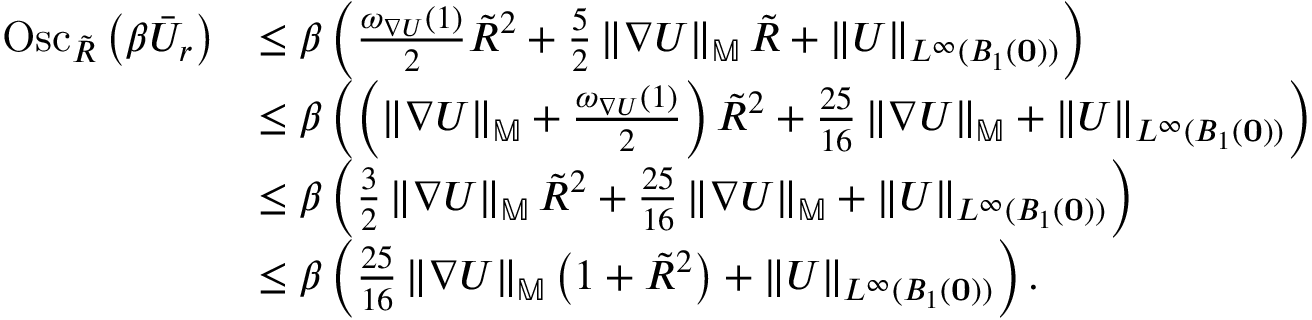
\begin{array} { r l } { \mathrm { O s c } _ { \Tilde { R } } \left( \beta \Bar { U } _ { r } \right) } & { \le \beta \left( \frac { \omega _ { \nabla U } ( 1 ) } { 2 } \Tilde { R } ^ { 2 } + \frac { 5 } { 2 } \left\| \nabla U \right\| _ { \mathbb { M } } \Tilde { R } + \left\| U \right\| _ { L ^ { \infty } ( B _ { 1 } ( \mathbf { 0 } ) ) } \right) } \\ & { \le \beta \left( \left( \left\| \nabla U \right\| _ { \mathbb { M } } + \frac { \omega _ { \nabla U } ( 1 ) } { 2 } \right) \Tilde { R } ^ { 2 } + \frac { 2 5 } { 1 6 } \left\| \nabla U \right\| _ { \mathbb { M } } + \left\| U \right\| _ { L ^ { \infty } ( B _ { 1 } ( \mathbf { 0 } ) ) } \right) } \\ & { \le \beta \left( \frac { 3 } { 2 } \left\| \nabla U \right\| _ { \mathbb { M } } \Tilde { R } ^ { 2 } + \frac { 2 5 } { 1 6 } \left\| \nabla U \right\| _ { \mathbb { M } } + \left\| U \right\| _ { L ^ { \infty } ( B _ { 1 } ( \mathbf { 0 } ) ) } \right) } \\ & { \le \beta \left( \frac { 2 5 } { 1 6 } \left\| \nabla U \right\| _ { \mathbb { M } } \left( 1 + \Tilde { R } ^ { 2 } \right) + \left\| U \right\| _ { L ^ { \infty } ( B _ { 1 } ( \mathbf { 0 } ) ) } \right) . } \end{array}